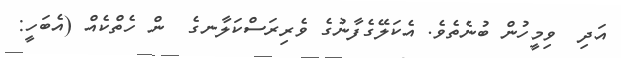
އަދި  ވިމީހުން ބުނެތެވެ. އެކަލޭގެފާނުގެ ވެރިރަސްކަލާނގެ  ން ހެތްކެއް (އެބަހީ: